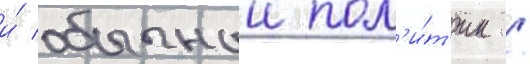
и́ обычныи пол'и́т'ик /